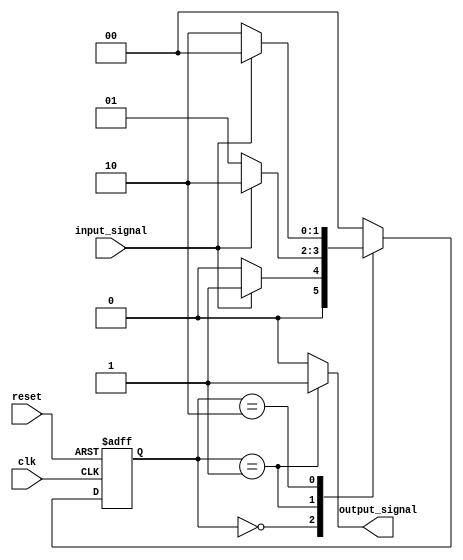
module state_machine(
    input wire clk,
    input wire reset,
    input wire input_signal,
    output reg output_signal
);

// Define states
parameter STATE_IDLE = 2'b00;
parameter STATE_OPERATION_1 = 2'b01;
parameter STATE_OPERATION_2 = 2'b10;

// Define state register
reg [1:0] current_state, next_state;

// Define priority encoding
always @*
begin
    case (current_state)
        STATE_IDLE: begin
            if (input_signal) begin
                next_state = STATE_OPERATION_1;
            end else begin
                next_state = STATE_IDLE;
            end
        end
        STATE_OPERATION_1: begin
            if (input_signal) begin
                next_state = STATE_OPERATION_2;
            end else begin
                next_state = STATE_OPERATION_1;
            end
        end
        STATE_OPERATION_2: begin
            if (input_signal) begin
                next_state = STATE_IDLE;
            end else begin
                next_state = STATE_OPERATION_2;
            end
        end
        default: begin
            next_state = STATE_IDLE;
        end
    endcase
end

// State transition
always @ (posedge clk or posedge reset)
begin
    if (reset) begin
        current_state <= STATE_IDLE;
    end else begin
        current_state <= next_state;
    end
end

// Define state machine operations
always @*
begin
    case (current_state)
        STATE_IDLE: begin
            // Define behavior for STATE_IDLE
            output_signal = 0;
        end
        STATE_OPERATION_1: begin
            // Define behavior for STATE_OPERATION_1
            output_signal = 1;
        end
        STATE_OPERATION_2: begin
            // Define behavior for STATE_OPERATION_2
            output_signal = 0;
        end
        default: begin
            output_signal = 0;
        end
    endcase
end

endmodule